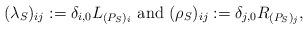
LaTeX: \begin{align*} (\lambda_{S})_{ij} := \delta_{i,0}L_{(P_S)_i} \mbox{ and } (\rho_{S})_{ij} := \delta_{j,0} R_{(P_S)_j}, \end{align*}